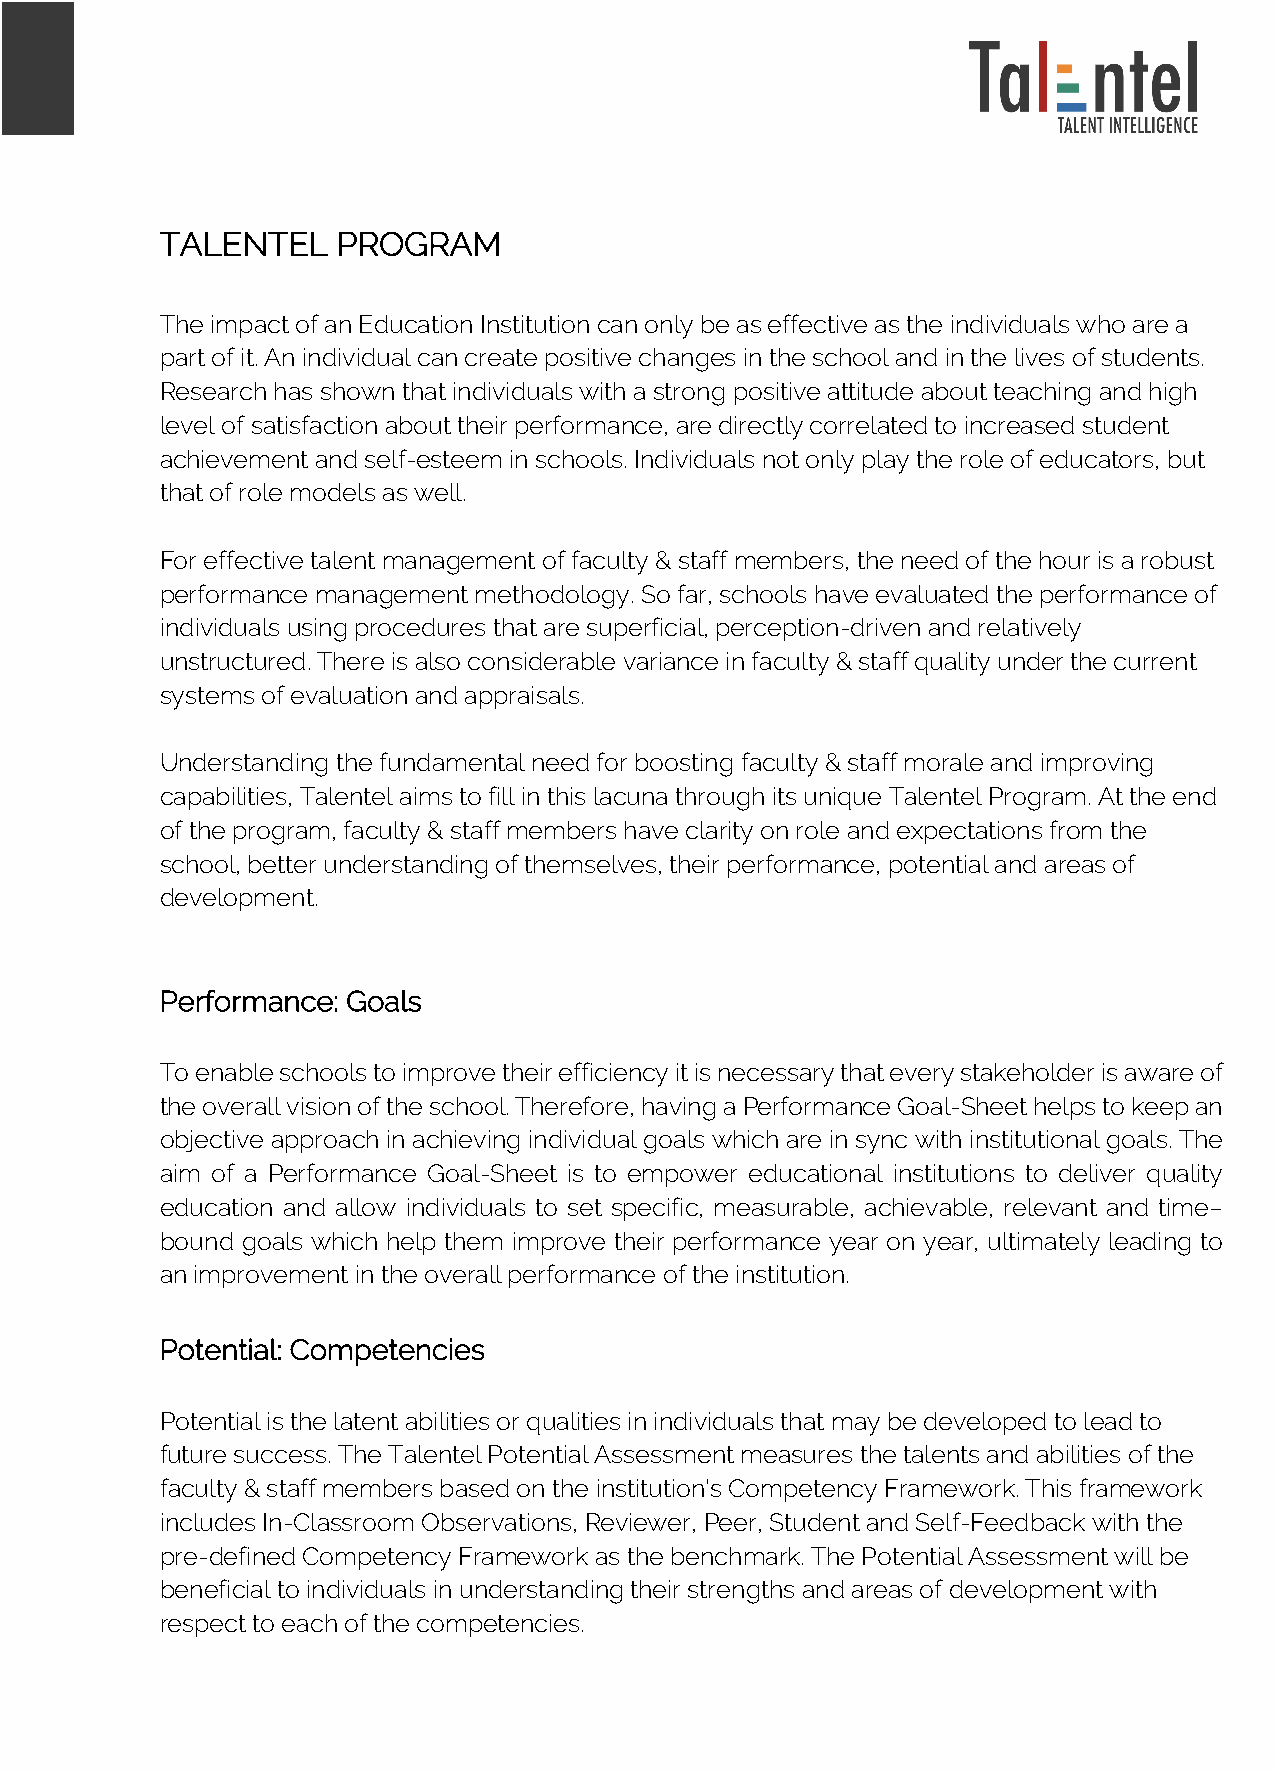
TALENTEL   PROGRAM
 The impact of an Education Institution can only be as effective as the individuals who are a
 part of it. An individual can create positive changes in the school and in the lives of students.
 Research has shown that individuals with a strong positive attitude about teaching and high
 level of satisfaction about their performance, are directly correlated to increased student
 achievement and self-esteem in schools. Individuals not only play the role of educators, but
 that of role models as well.
 For effective talent management of faculty & staff members, the need of the hour is a robust
 performance management methodology. So far, schools have evaluated the performance of
 individuals using procedures that are superficial, perception-driven and relatively
 unstructured. There is also considerable variance in faculty & staff quality under the current
 systems of evaluation and appraisals.
 Understanding the fundamental need for boosting faculty & staff morale and improving
 capabilities, Talentel aims to fill in this lacuna through its unique Talentel Program. At the end
 of the program, faculty & staff members have clarity on role and expectations from the
 school, better understanding of themselves, their performance, potential and areas of
 development.
 Performance: Goals
 To enable schools to improve their efficiency it is necessary that every stakeholder is aware of
 the overall vision of the school. Therefore, having a Performance Goal-Sheet helps to keep an
 objective approach in achieving individual goals which are in sync with institutional goals. The
 aim of a Performance Goal-Sheet is to empower educational institutions to deliver quality
 education and allow individuals to set specific, measurable, achievable, relevant and time–
 bound goals which help them improve their performance year on year, ultimately leading to
 an improvement in the overall performance of the institution.
 Potential: Competencies
 Potential is the latent abilities or qualities in individuals that may be developed to lead to
 future success. The Talentel Potential Assessment measures the talents and abilities of the
 faculty & staff members based on the institution's Competency Framework. This framework
 includes In-Classroom Observations, Reviewer, Peer, Student and Self-Feedback with the
 pre-defined Competency Framework as the benchmark. The Potential Assessment will be
 beneficial to individuals in understanding their strengths and areas of development with
 respect to each of the competencies.